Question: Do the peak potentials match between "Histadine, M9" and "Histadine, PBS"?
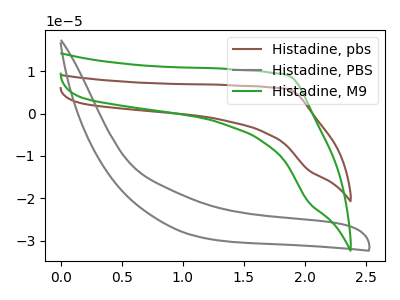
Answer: <think>The brown curve "Histadine, pbs" has no peaks. The gray curve "Histadine, PBS" has no peaks. The green curve "Histadine, M9" has no peaks.</think>
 <answer>Niether CV has any peaks.</answer>
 <eval>blanks</eval>